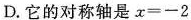
D.它的对称轴是$$x=-2$$